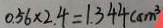
0 . 5 6 \times 2 . 4 = 1 . 3 4 4 ( c m ^ { 3 }